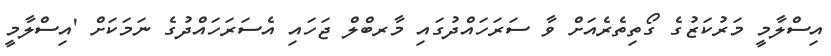
އިސްލާމީ މަރުކަޒުގެ ގޯތިތެރެއަށް ވާ ސަރަހައްދުގައި މާރބްލް ޖަހައި އެސަރަހައްދުގެ ނަމަކަށް 'އިސްލާމީ